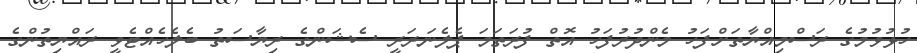
ހުޅުވުމުގެ ރަސްމިއްޔާތަށްފަހު މެންދުރުފަހު އޮތް ފުރަތަމަ ޕެލެނަރަރީ ސެޝަންގެ ރިޔާސަތު ބެލެހެއްޓެވީ ރައްޔިތުންގެ